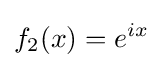
f_{2}(x)=e^{ix}